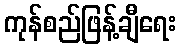
ကုန်စည်ဖြန့်ချီရေး